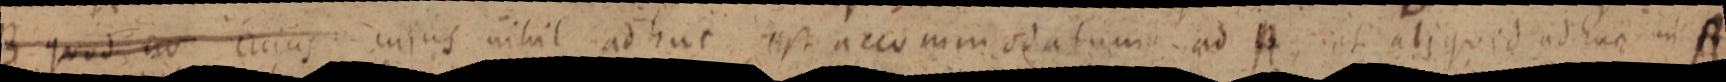
B quod ao cuius cujus nihil ad huc est accommodatum ad A, et aliquid ad hoc in A